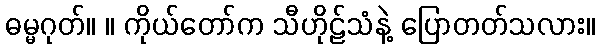
ဓမ္မဂုတ်။ ။ ကိုယ်တော်က သီဟိုဠ်သံနဲ့ ပြောတတ်သလား။